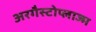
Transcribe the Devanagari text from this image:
अरगैस्टोप्लाज्म